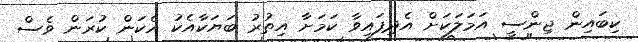
ކިބައިން ޖިންސީ އަމަލަކަށް އެދިފައިވާ ކަމަށާ އިތުރު ބަޔަކާއެކު އެކަން ކުރަން ވެސް